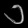
Digit: ၁